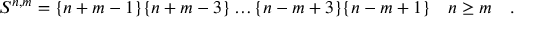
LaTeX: S ^ { n , m } = \{ n + m - 1 \} \{ n + m - 3 \} \dots \{ n - m + 3 \} \{ n - m + 1 \} \quad n \geq m \quad .